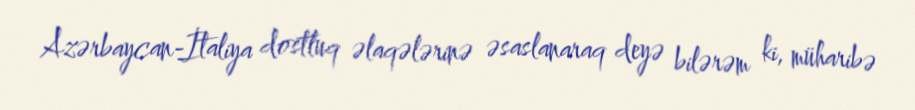
Azərbaycan-İtaliya dostluq əlaqələrinə əsaslanaraq deyə bilərəm ki, müharibə